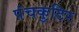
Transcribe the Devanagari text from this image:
पंचकुटिर